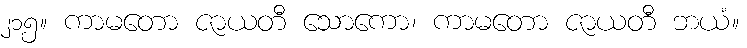
၂၁၅။ ကာမတော ဇာယတီ သောကော၊ ကာမတော ဇာယတီ ဘယံ။